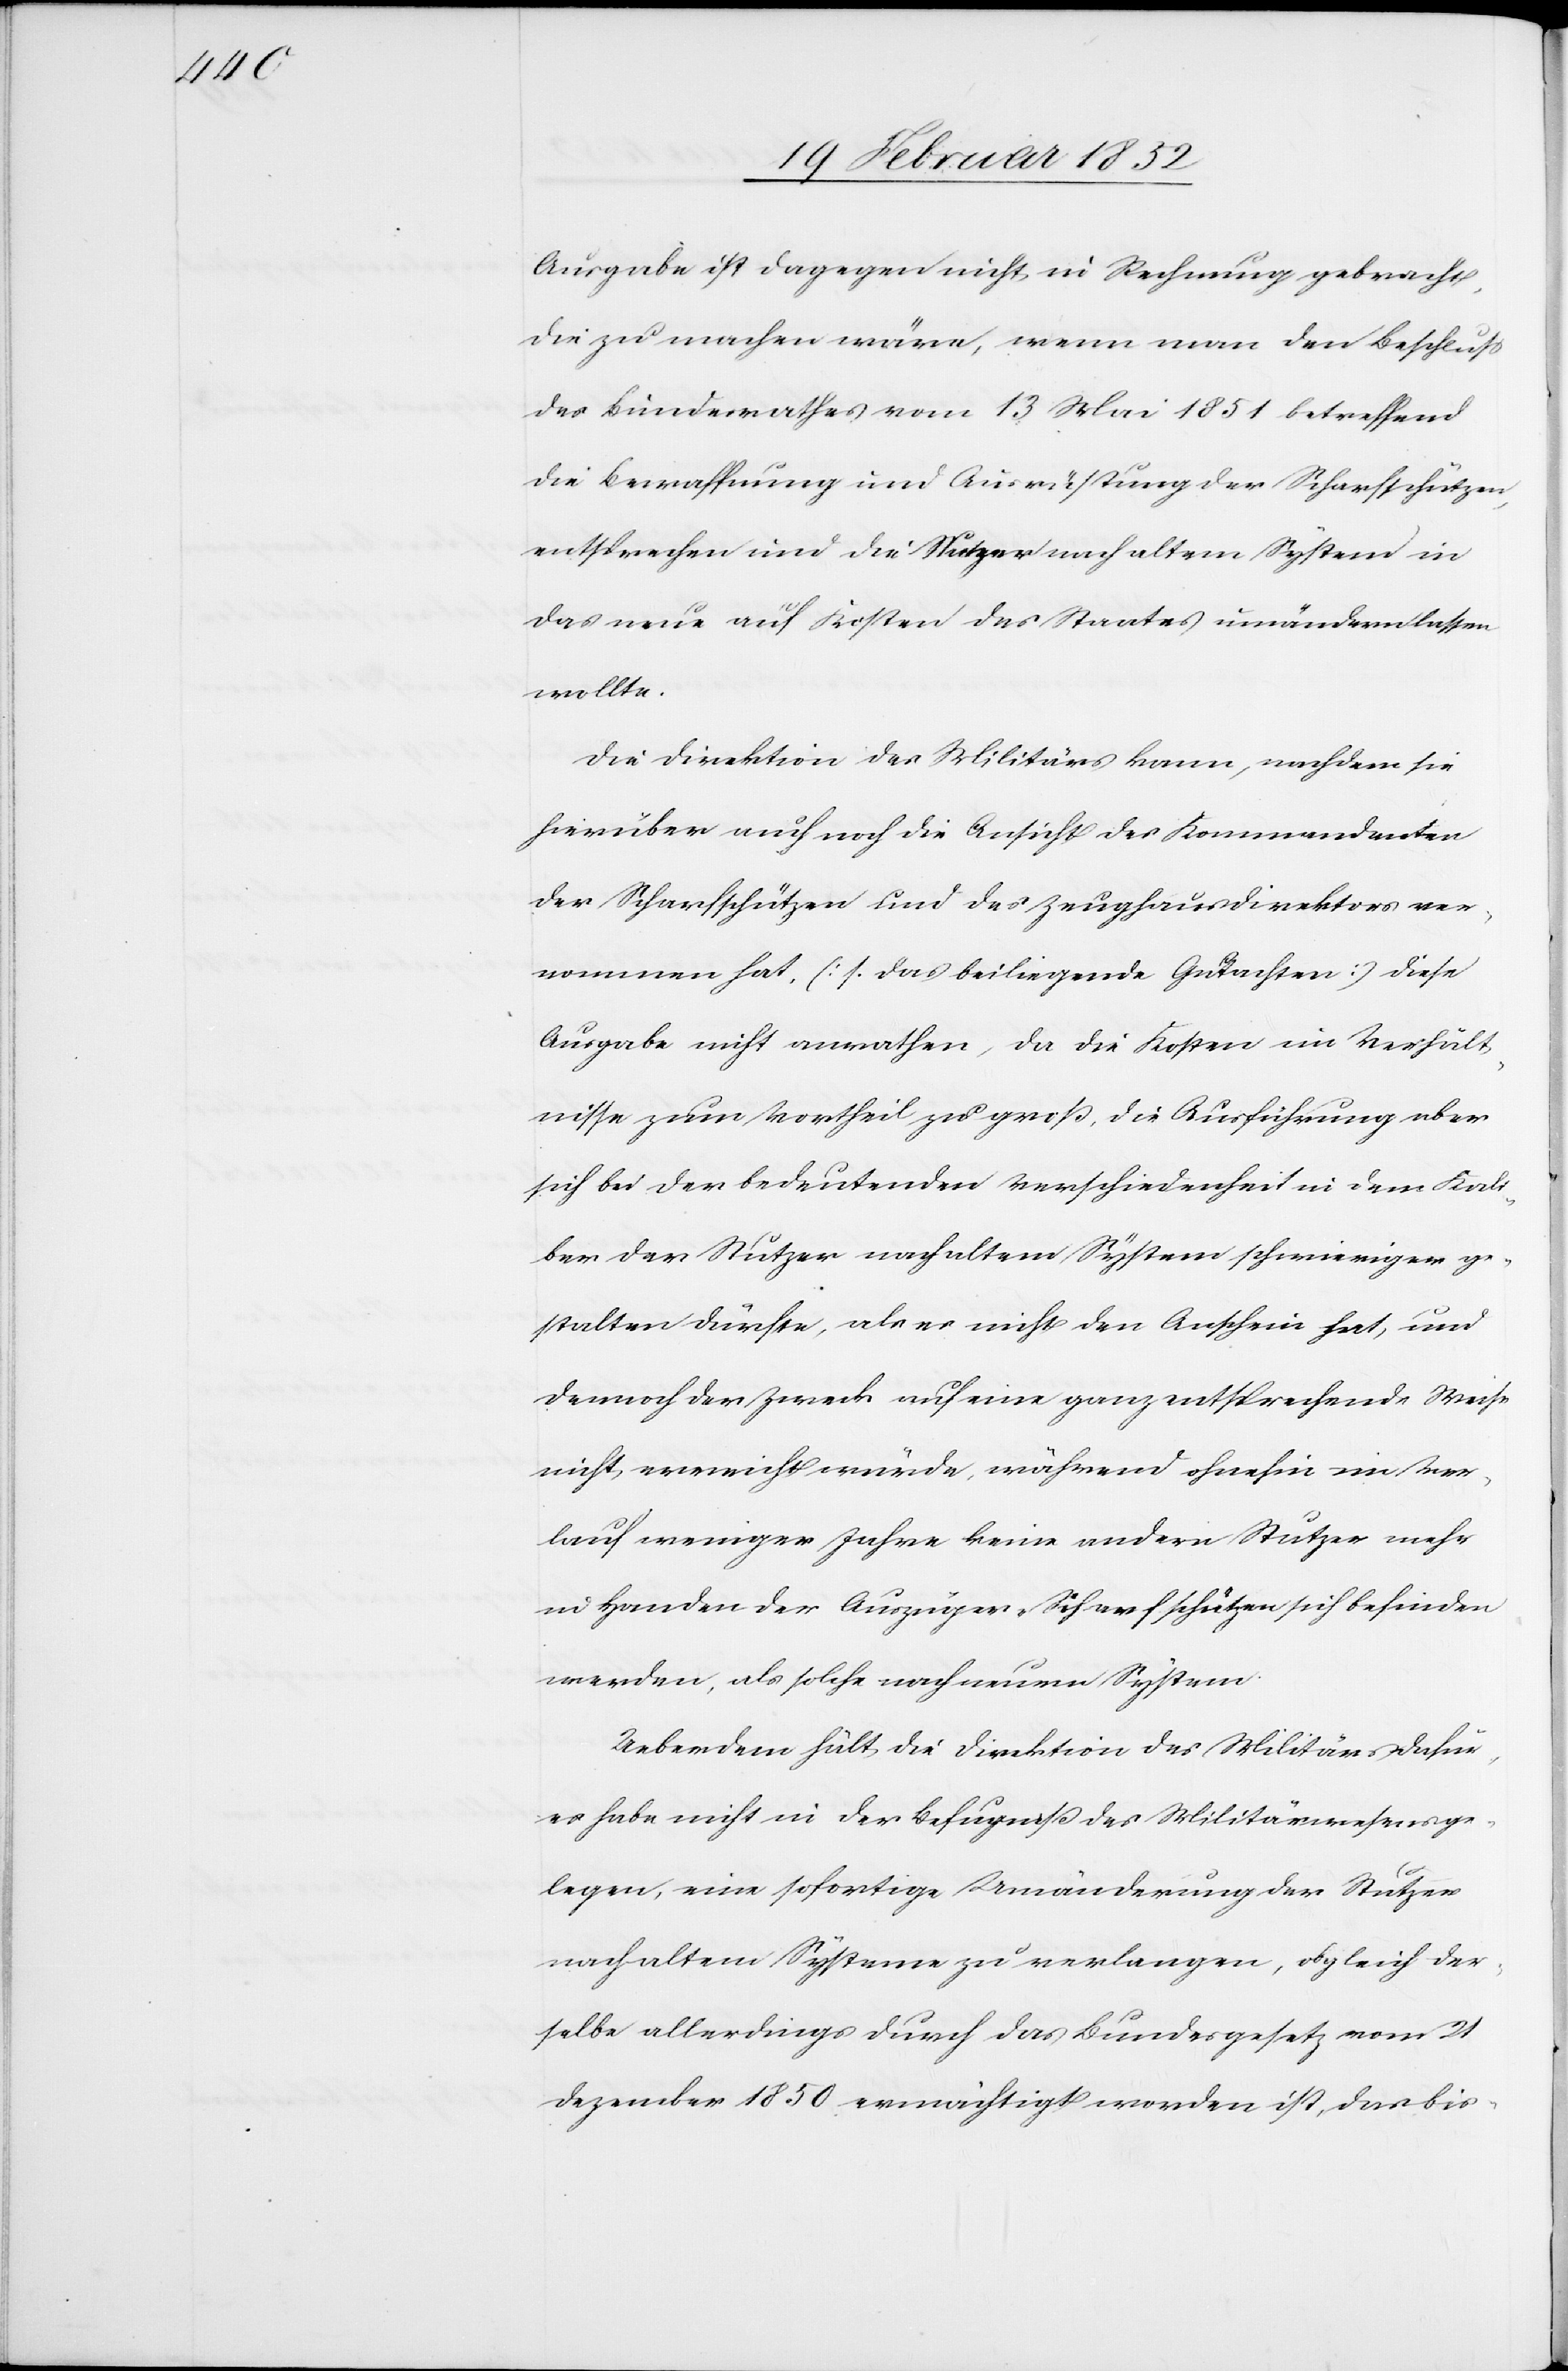
Ausgabe ist dagegen nicht in Rechnung gebracht,
die zu machen wäre, wenn man den Beschluß
des Bundesrathes vom 13 Mai 1851 betreffend
die Bewaffnung und Ausrüstung der Scharfschützen,
entsprechen und die Nutzer nach altem System in
das neue auf Kosten des Staats unverändert lassen
wollte.
Die Direktion des Militärs kann, nachdem sie
hierüber auch noch die Ansicht des Kommandanten
der Scharfschützen und des Zeughausdirektors ver¬
nommen hat, (s. das beiliegende Gutachten) diese
Ausgabe nicht anrathen, da die Kosten im Verhält¬
nisse zum Vortheil zu groß, die Ausführung aber
sich bei der bedeutenden Verschiedenheit in dem Kali¬
ber der Stutzer nach altem Systeme schwieriger ge¬
stalten dürfte, aber es nicht den Anschein hat, und
dennoch der Zweck auf eine ganz entsprechende Weise
nicht erreicht würde, während ohnehin im Ver¬
lauf weniger Jahre keine andern Stutzer mehr
zu Handen der Auszüger-Scharfschützen sich befinden
werden, als solche nach neuem System.
Ueberdem hält die Direktion des Militärs dafür,
es habe nicht in der Befugniß des Militärwesens ge¬
legen, eine sofortige Umänderung der Stutzer
nach altem Systeme zu verlangen, obgleich der¬
selbe allerdings durch das Bundesgesetz vom 21
Dezember 1850 ermächtigt worden ist, das bis-